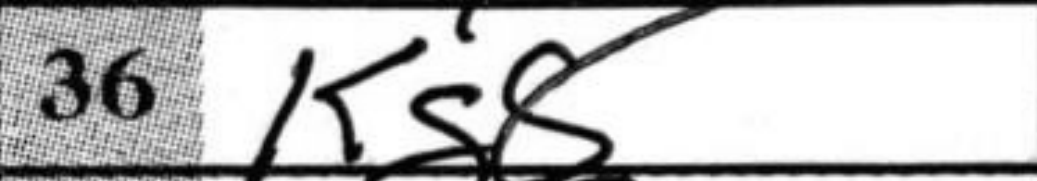
Transcription: Kg8